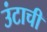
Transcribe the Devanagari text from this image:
उंटाची